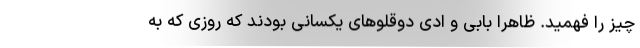
چیز را فهمید. ظاهراً بابی و ادی دوقلوهای یکسانی بودند که روزی که به